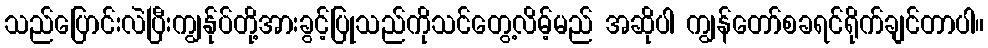
သည်ပြောင်းလဲပြီးကျွန်ုပ်တို့အားခွင့်ပြုသည်ကိုသင်တွေ့လိမ့်မည် အဆိုပါ ကျွန်တော်စခရင်ရိုက်ချင်တာပါ။